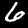
Digit: 6